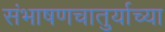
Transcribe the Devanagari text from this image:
संभाषणचातुर्याच्या